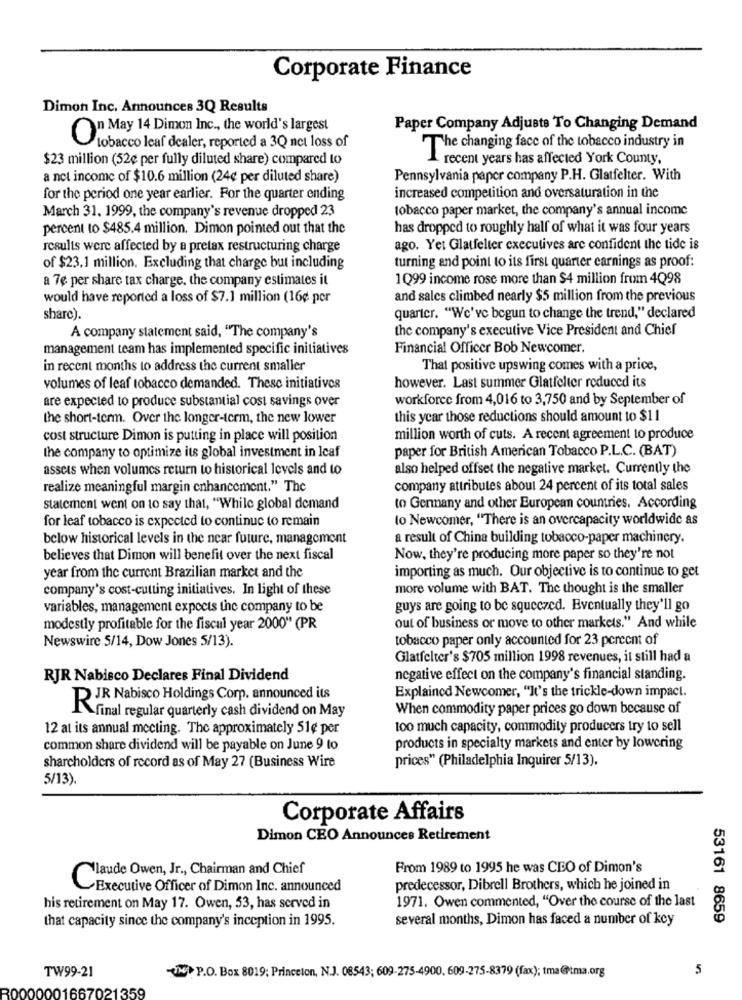
Corporate Finance
Dimon Inc. Announces 3Q Results
O" May 14 Dimon Inc ., the world's largest
Paper Company Adjusts To Changing Demand
tobacco leaf dealer, reported a 3Q net loss of
The changing face of the tobacco industry in
$23 million (52¢ per fully diluted share) compared to
recent years has affected York County,
a net income of $10.6 million (24¢ per diluted share)
Pennsylvania paper company P.H. Glatfelter. With
for the period one year earlier. For the quarter ending
increased competition and oversaturation in the
tobacco paper market, the company's annual income
March 31, 1999, the company's revenue dropped 23
percent to $485.4 million. Dimon pointed out that the
has dropped to roughly half of what it was four years
results were affected by a pretax restructuring charge
ago. Yet Glatfelter executives are confident the tide is
of $23.1 million. Excluding that charge but including
turning and point to its first quarter earnings as proof:
a 7e per share tax charge, the company estimates it
1Q99 income rose more than $4 million from 4Q98
would have reported a loss of $7.1 million (16¢ per
and sales climbed nearly $5 million from the previous
share).
quarter. "We've begun to change the trend," declared
the company's executive Vice President and Chief
A company statement said, "The company's
management team has implemented specific initiatives
Financial Officer Bob Newcomer.
in recent months to address the current smaller
That positive upswing comes with a price,
however. Last summer Glatfelter reduced its
volumes of leaf tobacco demanded. These initiatives
are expected to produce substantial cost savings over
workforce from 4,016 to 3,750 and by September of
the short-term. Over the longer-term, the new lower
this year those reductions should amount to $11
cost structure Dimon is putting in place will position
million worth of cuts. A recent agreement to produce
the company to optimize its global investment in Icaf
paper for British American Tobacco P.L.C. (BAT)
assets when volumes return to historical levels and to
also helped offset the negative market. Currently the
realize meaningful margin enhancement." The
company attributes about 24 percent of its total sales
statement went on to say that, "While global demand
to Germany and other European countries. According
for leaf tobacco is expected to continue to remain
to Newcomer, "There is an overcapacity worldwide as
below historical levels in the near future, management
a result of China building tobacco-paper machinery.
believes that Dimon will benefit over the next fiscal
Now. they're producing more paper so they're not
year from the current Brazilian market and the
importing as much. Our objective is to continue to get
company's cost-cutting initiatives. In light of these
more volume with BAT. The thought is the smaller
variables, management expects the company to be
guys are going to be squeezed. Eventually they'll go
modestly profitable for the fiscal year 2000" (PR
out of business or move to other markets." And while
Newswire 5/14, Dow Jones 5/13).
tobacco paper only accounted for 23 percent of
Glatfelter's $705 million 1998 revenues, it still had a
RJR Nabisco Declares Final Dividend
negative effect on the company's financial standing.
PIR Nabisco Holdings Corp. announced its
Explained Newcomer, "It's the trickle-down impact.
When commodity paper prices go down because of
final regular quarterly cash dividend on May
12 at its annual meeting. The approximately 51¢ per
100 much capacity, commodity producers try to sell
common share dividend will be payable on June 9 to
products in specialty markets and enter by lowering
sharcholders of record as of May 27 (Business Wire
prices" (Philadelphia Inquirer 5/13).
5/13).
Corporate Affairs
Dimon CEO Announces Retirement
Nlaude Owen, Jr ., Chairman and Chief
From 1989 to 1995 he was CEO of Dimon's
Executive Officer of Dimon Inc. announced
predecessor, Dibrell Brothers, which he joined in
his retirement on May 17. Owen, 53, has served in
1971. Owen commented, "Over the course of the last
that capacity since the company's inception in 1995.
several months, Dimon has faced a number of key
53161 8659
TW99-21
(N. P.O. Box 8019; Princeton, N.J. 08543; 609-275-4900. 609-275-8379 (fax); tma@tma.org
5
001667021359